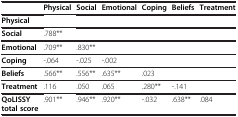
|  | Physical | Social | Emotional | Coping | Beliefs | Treatment |
 | --- | --- | --- | --- | --- | --- | --- |
 | Physical |  |  |  |  |  |  |
 | Social | .788** |  |  |  |  |  |
 | Emotional | .709** | .830** |  |  |  |  |
 | Coping | -.064 | -.025 | -.002 |  |  |  |
 | Beliefs | .566** | .556** | .635** | .023 |  |  |
 | Treatment | .116 | .050 | .065 | .280** | -.141 |  |
 | QoLISSY total score | .901** | .946** | .920** | -.032 | .638** | .084 |